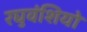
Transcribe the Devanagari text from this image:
रघुवंशियो